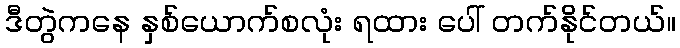
ဒီတွဲကနေ နှစ်ယောက်စလုံး ရထား ပေါ် တက်နိုင်တယ်။